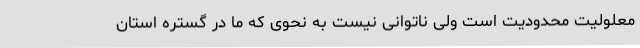
معلولیت محدودیت است ولی ناتوانی نیست به نحوی که ما در گستره استان